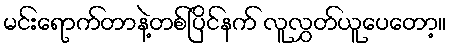
မင်းရောက်တာနဲ့တစ်ပြိင်နက် လူလွှတ်ယူပေတော့။